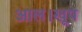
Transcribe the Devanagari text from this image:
आल।खूप